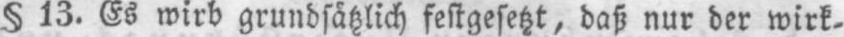
§ 13. Es wird grundsätzlich festgesetzt, daß nur der wirk-